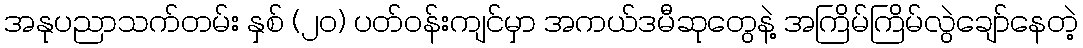
အနုပညာသက်တမ်း နှစ် (၂၀) ပတ်ဝန်းကျင်မှာ အကယ်ဒမီဆုတွေနဲ့ အကြိမ်ကြိမ်လွဲချော်နေတဲ့